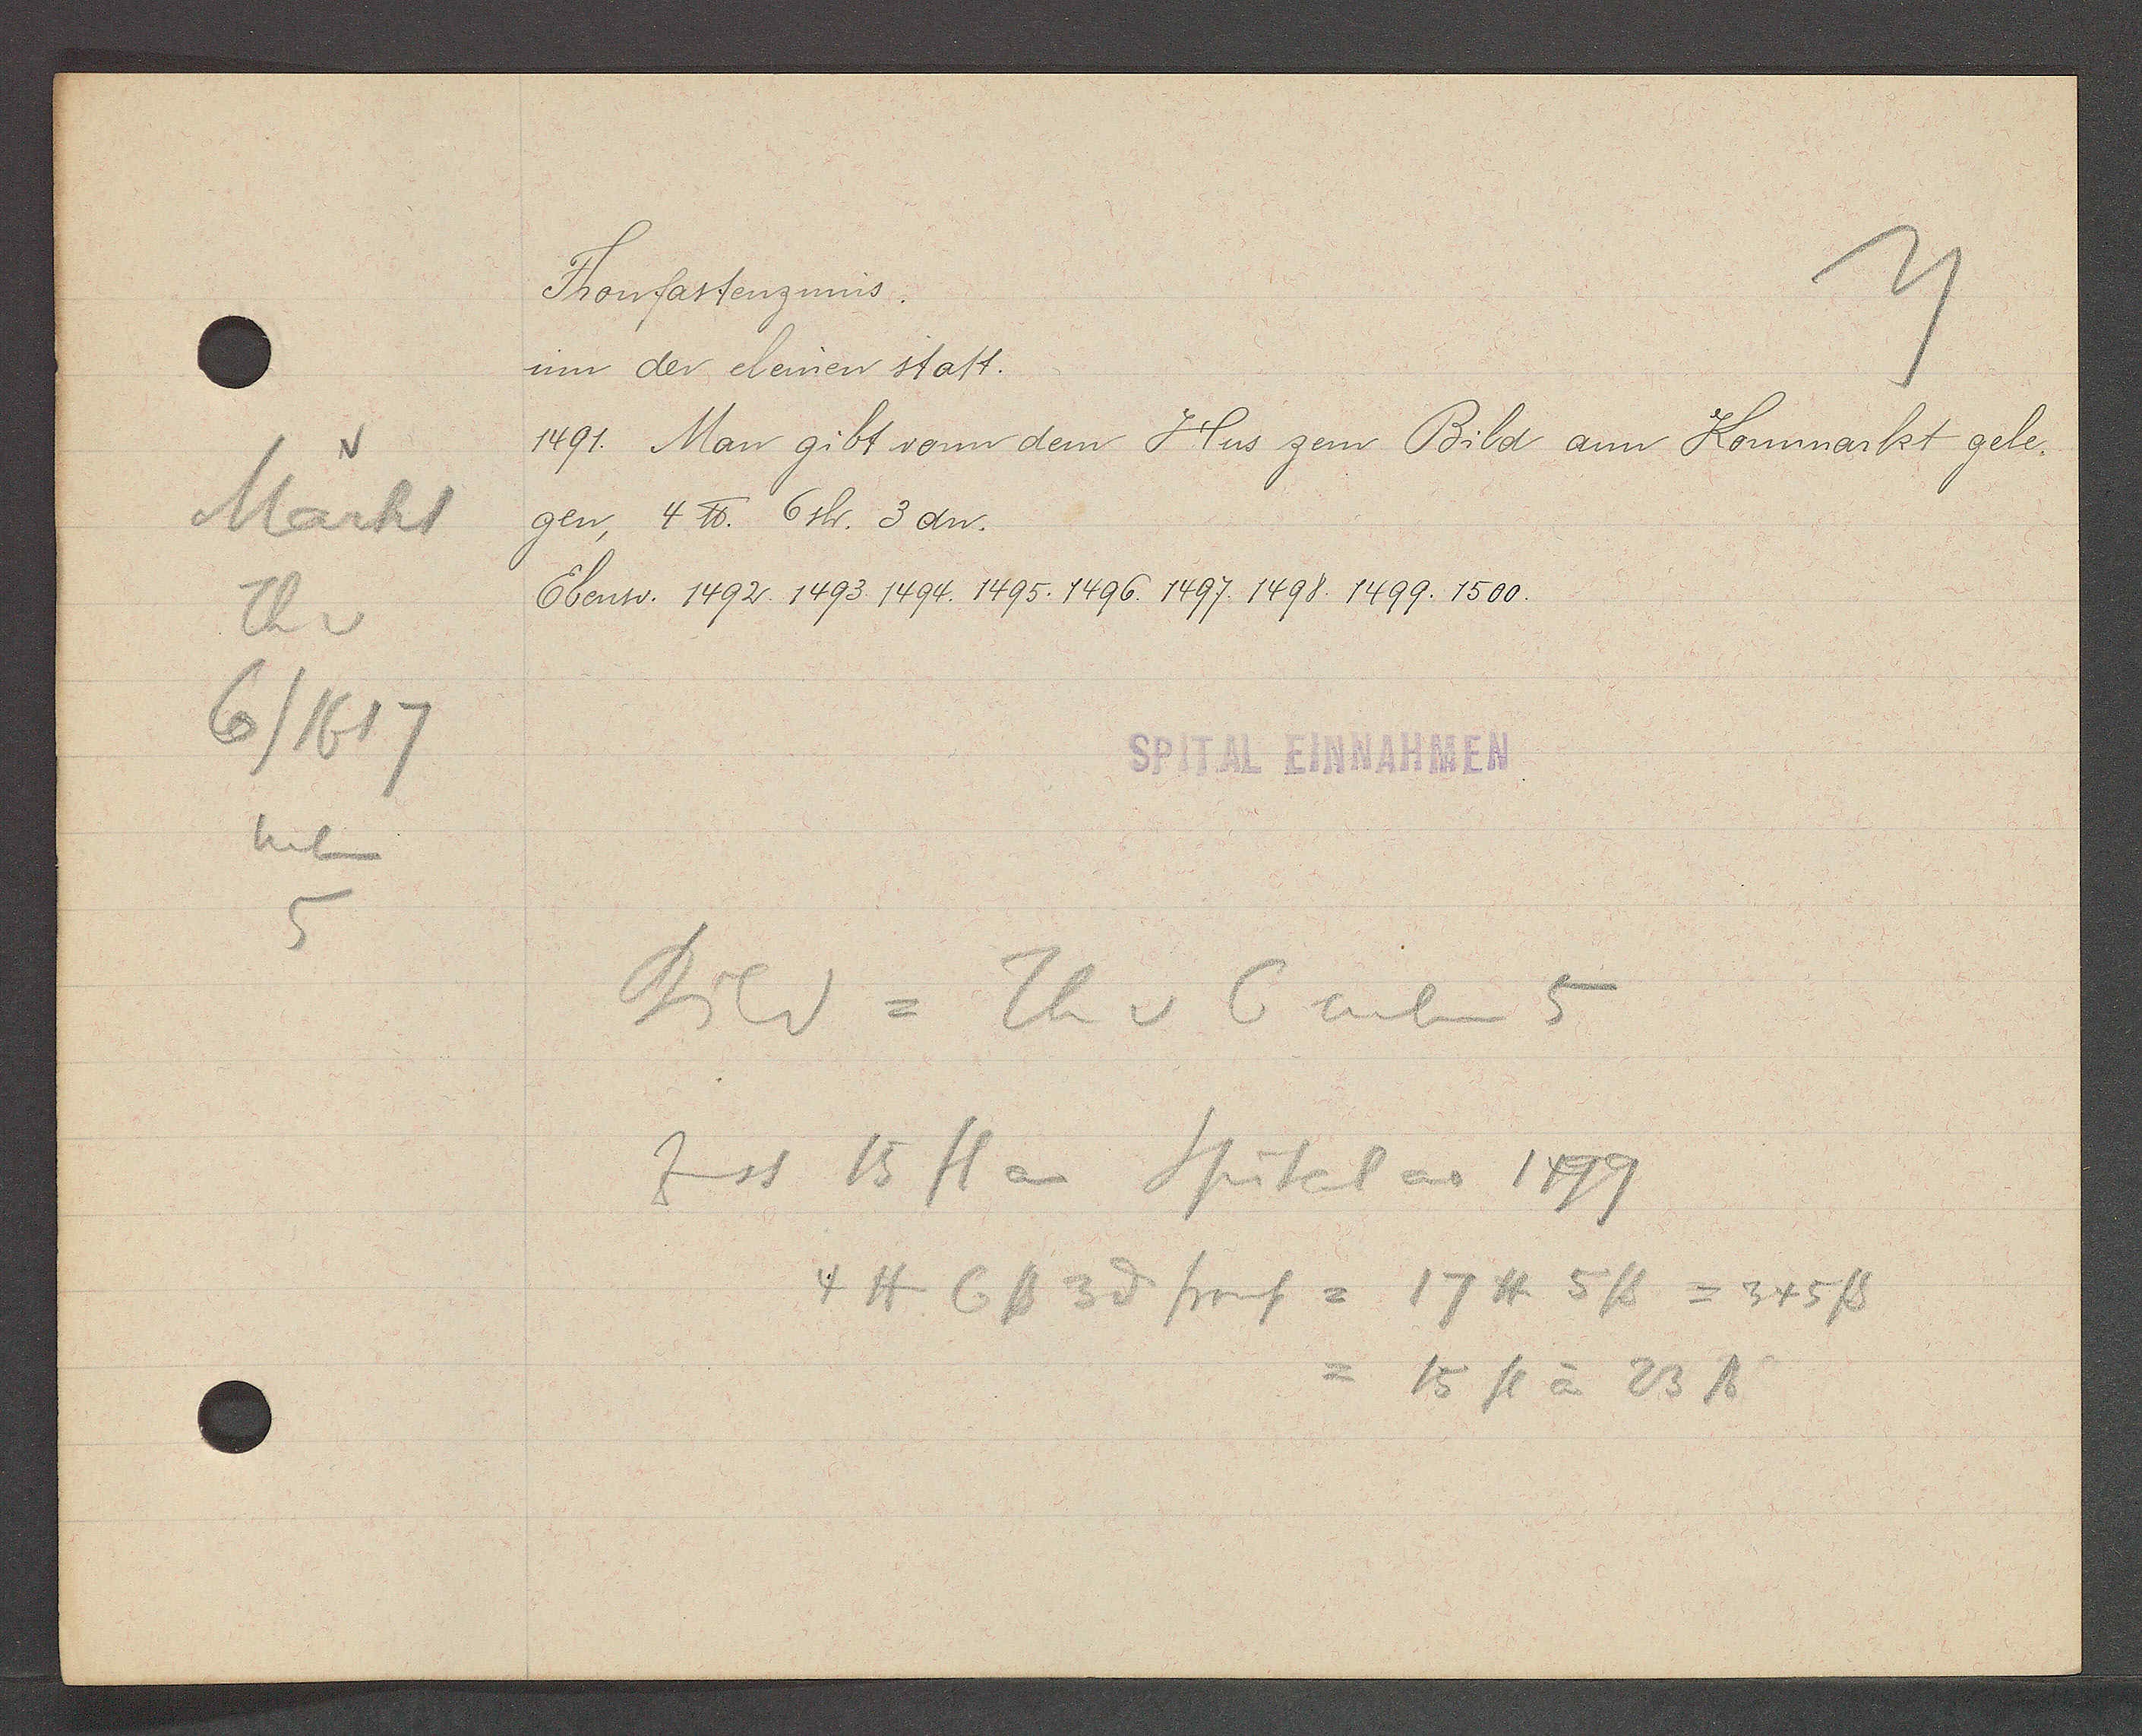
Transcript:
Markt
Th v
6/1617
neben
5

Fronfastenzinns.

inn der cleinen statt.
1491. Man gibt vonn dem Hus zem Bild am Kornmarkt gele-
gen, 4 ℔. 6 sh. 3 an.
Ebenso: 1492. 1493. 1494 1495. 1496 1497 1498. 1499. 1500.

Spital Einnahmen

Bild = Th v 6 neben 5
Zinst 15 fl an Spital ao 1499
4 ℔ 6ß 3d stras = 17℔ 5ß = 345 ß
=15 fl à 23 ℔